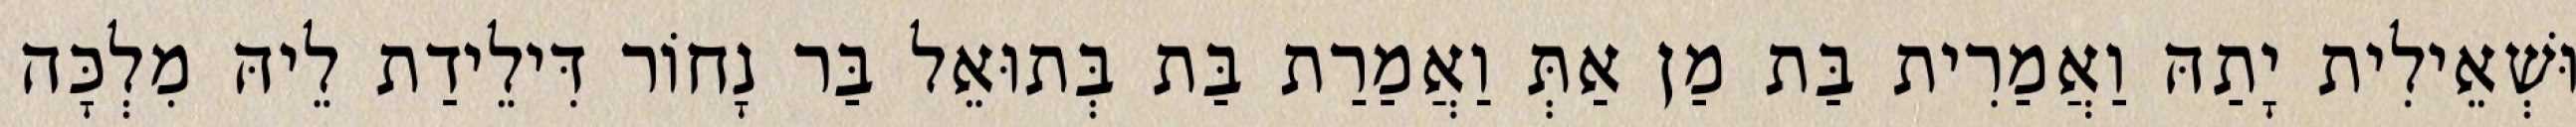
וּשְׁאֵילִית יָתַהּ וַאֲמַרִית בַּת מַן אַתְּ וַאֲמַרַת בַּת בְּתוּאֵל בַּר נָחוֹר דִּילֵידַת לֵיהּ מִלְכָּה